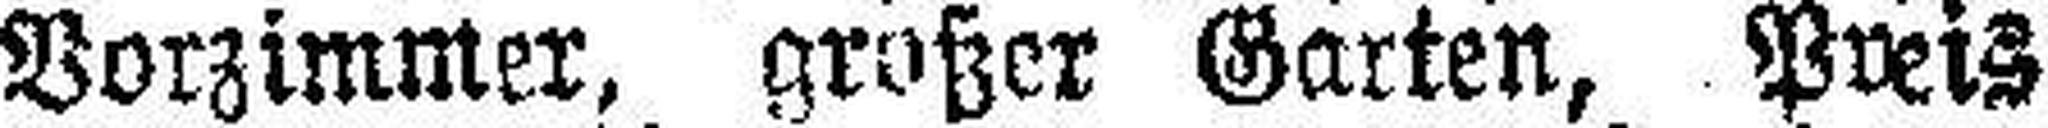
Vorzimmer, großer Garten, Preis